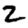
Digit: 2